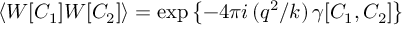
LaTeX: \left\langle W [ C _ { 1 } ] W [ C _ { 2 } ] \right\rangle = \exp \left\{ - 4 \pi i \, ( q ^ { 2 } / k ) \, \gamma [ C _ { 1 } , C _ { 2 } ] \right\}